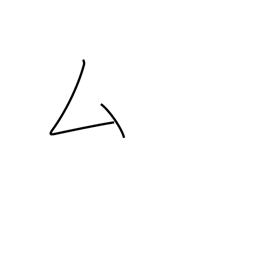
Meaning: katakana mu radical (no. 28)